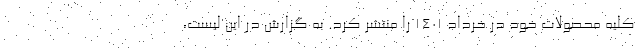
کلیه محصولات خود در خرداد 1401 را منتشر کرد. به گزارش در این لیست،